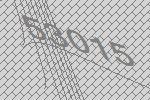
53015